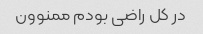
در کل راضی بودم ممنوون